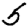
Digit: 5